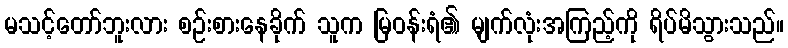
မသင့်တော်ဘူးလား စဉ်းစားနေခိုက် သူက မြဝန်းရံ၏ မျက်လုံးအကြည့်ကို ရိပ်မိသွားသည်။